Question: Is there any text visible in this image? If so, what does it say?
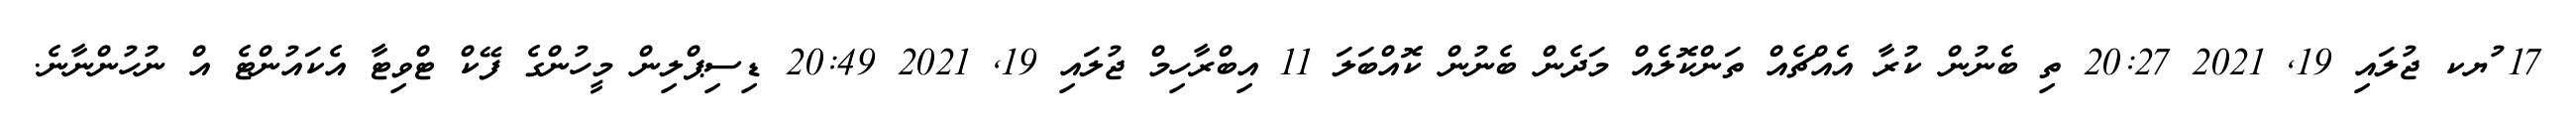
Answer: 17 ުޔކ ޖުލައި 19, 2021 20:27 ތި ބެނުން ކުރާ އެއްޗެއް ތަންކޮލެއް މަދެން ބެނުން ކޮއްބަލަ 11 އިބްރާހިމް ޖުލައި 19, 2021 20:49 ޑިސިޕްލިން މީހުންގެ ފޭކް ޓްވިޓާ އެކައުންޓެ އް ނުހުންނާނެ.